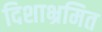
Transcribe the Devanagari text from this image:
दिशाभ्रमित